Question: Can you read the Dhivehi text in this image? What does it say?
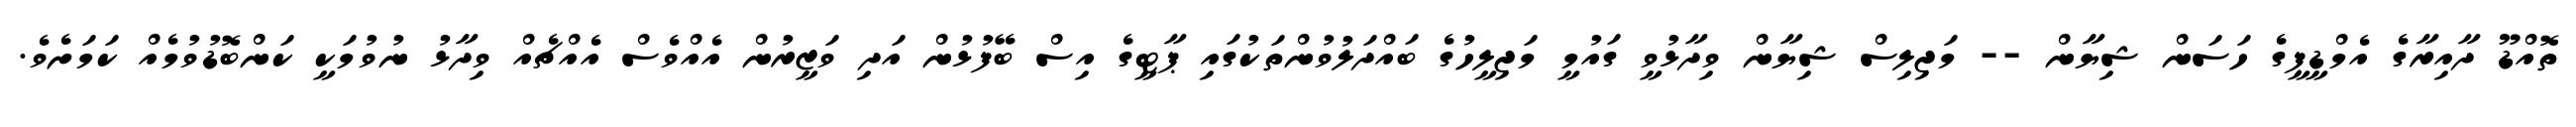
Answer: ތޮއްޑޫ ދާއިރާގެ އެމްޑީޕީގެ ހަސަން ޝިޔާން -- މަޖިލިސް ޝިޔާން ވިދާޅުވީ ގައުމީ މަޖިލީހުގެ ބައްދަލުވުންތަކުގައި ޕާޓީގެ އިސް ބޭފުޅުން އަދި ވަޒީރުން އެއްވެސް އެއްޗެއް ވިދާޅު ނުވުމަކީ ކަންބޮޑުވުމެއް ކަމަށެވެ.